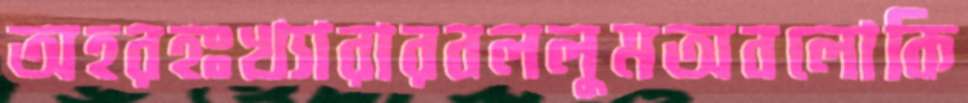
অহরহঃখ্যারারবললুমঅবলোকি